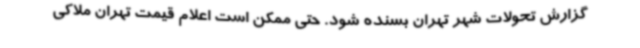
گزارش تحولات شهر تهران بسنده شود. حتی ممکن است اعلام قیمت تهران ملاکی